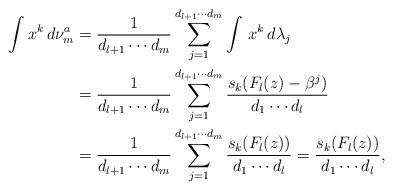
\begin{align*}\int x^k\, d\nu_{m}^a &= \frac{1}{d_{l+1}\cdots d_m}\sum_{j=1}^{d_{l+1}\cdots d_m}\int\,x^k\,d\lambda_j\\&=\frac{1}{d_{l+1}\cdots d_m}\sum_{j=1}^{d_{l+1}\cdots d_m}\frac{s_k(F_l(z)-\beta^j)}{d_1\cdots d_l}\\&=\frac{1}{d_{l+1}\cdots d_m}\sum_{j=1}^{d_{l+1}\cdots d_m}\frac{s_k(F_l(z))}{d_1\cdots d_l} =\frac{s_k(F_l(z))}{d_1\cdots d_l},\end{align*}